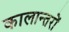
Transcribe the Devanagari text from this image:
कालान्तरों